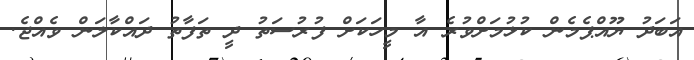
އަބަދު ޔޫއްޕެމެން ކުޅުމަށްވުރެ އާ މީހަކަށް ފުރުސަތު ދީ ތަފާތު ދައްކާލަން ވެއްޖެ.